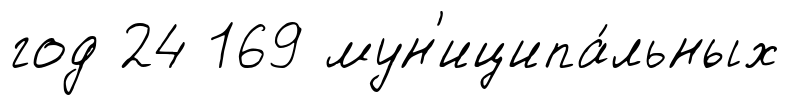
год 24 169 мун'иципа́льных